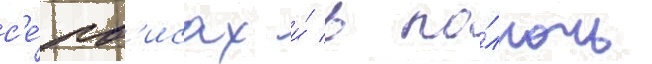
с'е́рв'исах и́ в по́лночь